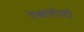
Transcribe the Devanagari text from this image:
रेखलेली